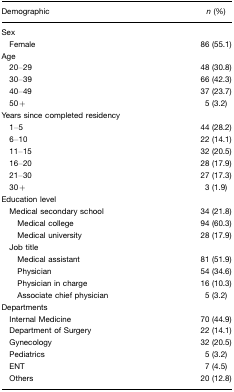
<table><thead><tr><td><b>Demographic</b></td><td><b><i>n</i> (%)</b></td></tr></thead><tbody><tr><td>Sex</td><td></td></tr><tr><td> Female</td><td>86 (55.1)</td></tr><tr><td>Age</td><td></td></tr><tr><td> 20–29</td><td>48 (30.8)</td></tr><tr><td> 30–39</td><td>66 (42.3)</td></tr><tr><td> 40–49</td><td>37 (23.7)</td></tr><tr><td> 50+</td><td>5 (3.2)</td></tr><tr><td>Years since completed residency</td><td></td></tr><tr><td> 1–5</td><td>44 (28.2)</td></tr><tr><td> 6–10</td><td>22 (14.1)</td></tr><tr><td> 11–15</td><td>32 (20.5)</td></tr><tr><td> 16–20</td><td>28 (17.9)</td></tr><tr><td> 21–30</td><td>27 (17.3)</td></tr><tr><td> 30+</td><td>3 (1.9)</td></tr><tr><td>Education level</td><td></td></tr><tr><td> Medical secondary school</td><td>34 (21.8)</td></tr><tr><td>Medical college</td><td>94 (60.3)</td></tr><tr><td>Medical university</td><td>28 (17.9)</td></tr><tr><td> Job title</td><td></td></tr><tr><td>Medical assistant</td><td>81 (51.9)</td></tr><tr><td>Physician</td><td>54 (34.6)</td></tr><tr><td>Physician in charge</td><td>16 (10.3)</td></tr><tr><td>Associate chief physician</td><td>5 (3.2)</td></tr><tr><td>Departments</td><td></td></tr><tr><td> Internal Medicine</td><td>70 (44.9)</td></tr><tr><td> Department of Surgery</td><td>22 (14.1)</td></tr><tr><td> Gynecology</td><td>32 (20.5)</td></tr><tr><td> Pediatrics</td><td>5 (3.2)</td></tr><tr><td> ENT</td><td>7 (4.5)</td></tr><tr><td> Others</td><td>20 (12.8)</td></tr></tbody></table>